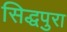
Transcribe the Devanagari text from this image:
सिद्धपुरा